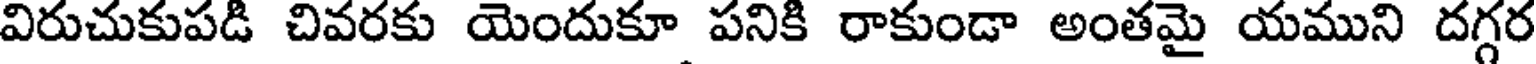
విరుచుకుపడి చివరకు యెందుకూ పనికి రాకుండా అంతమై యముని దగ్గర